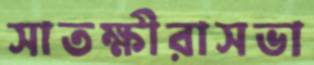
সাতক্ষীরাসভা